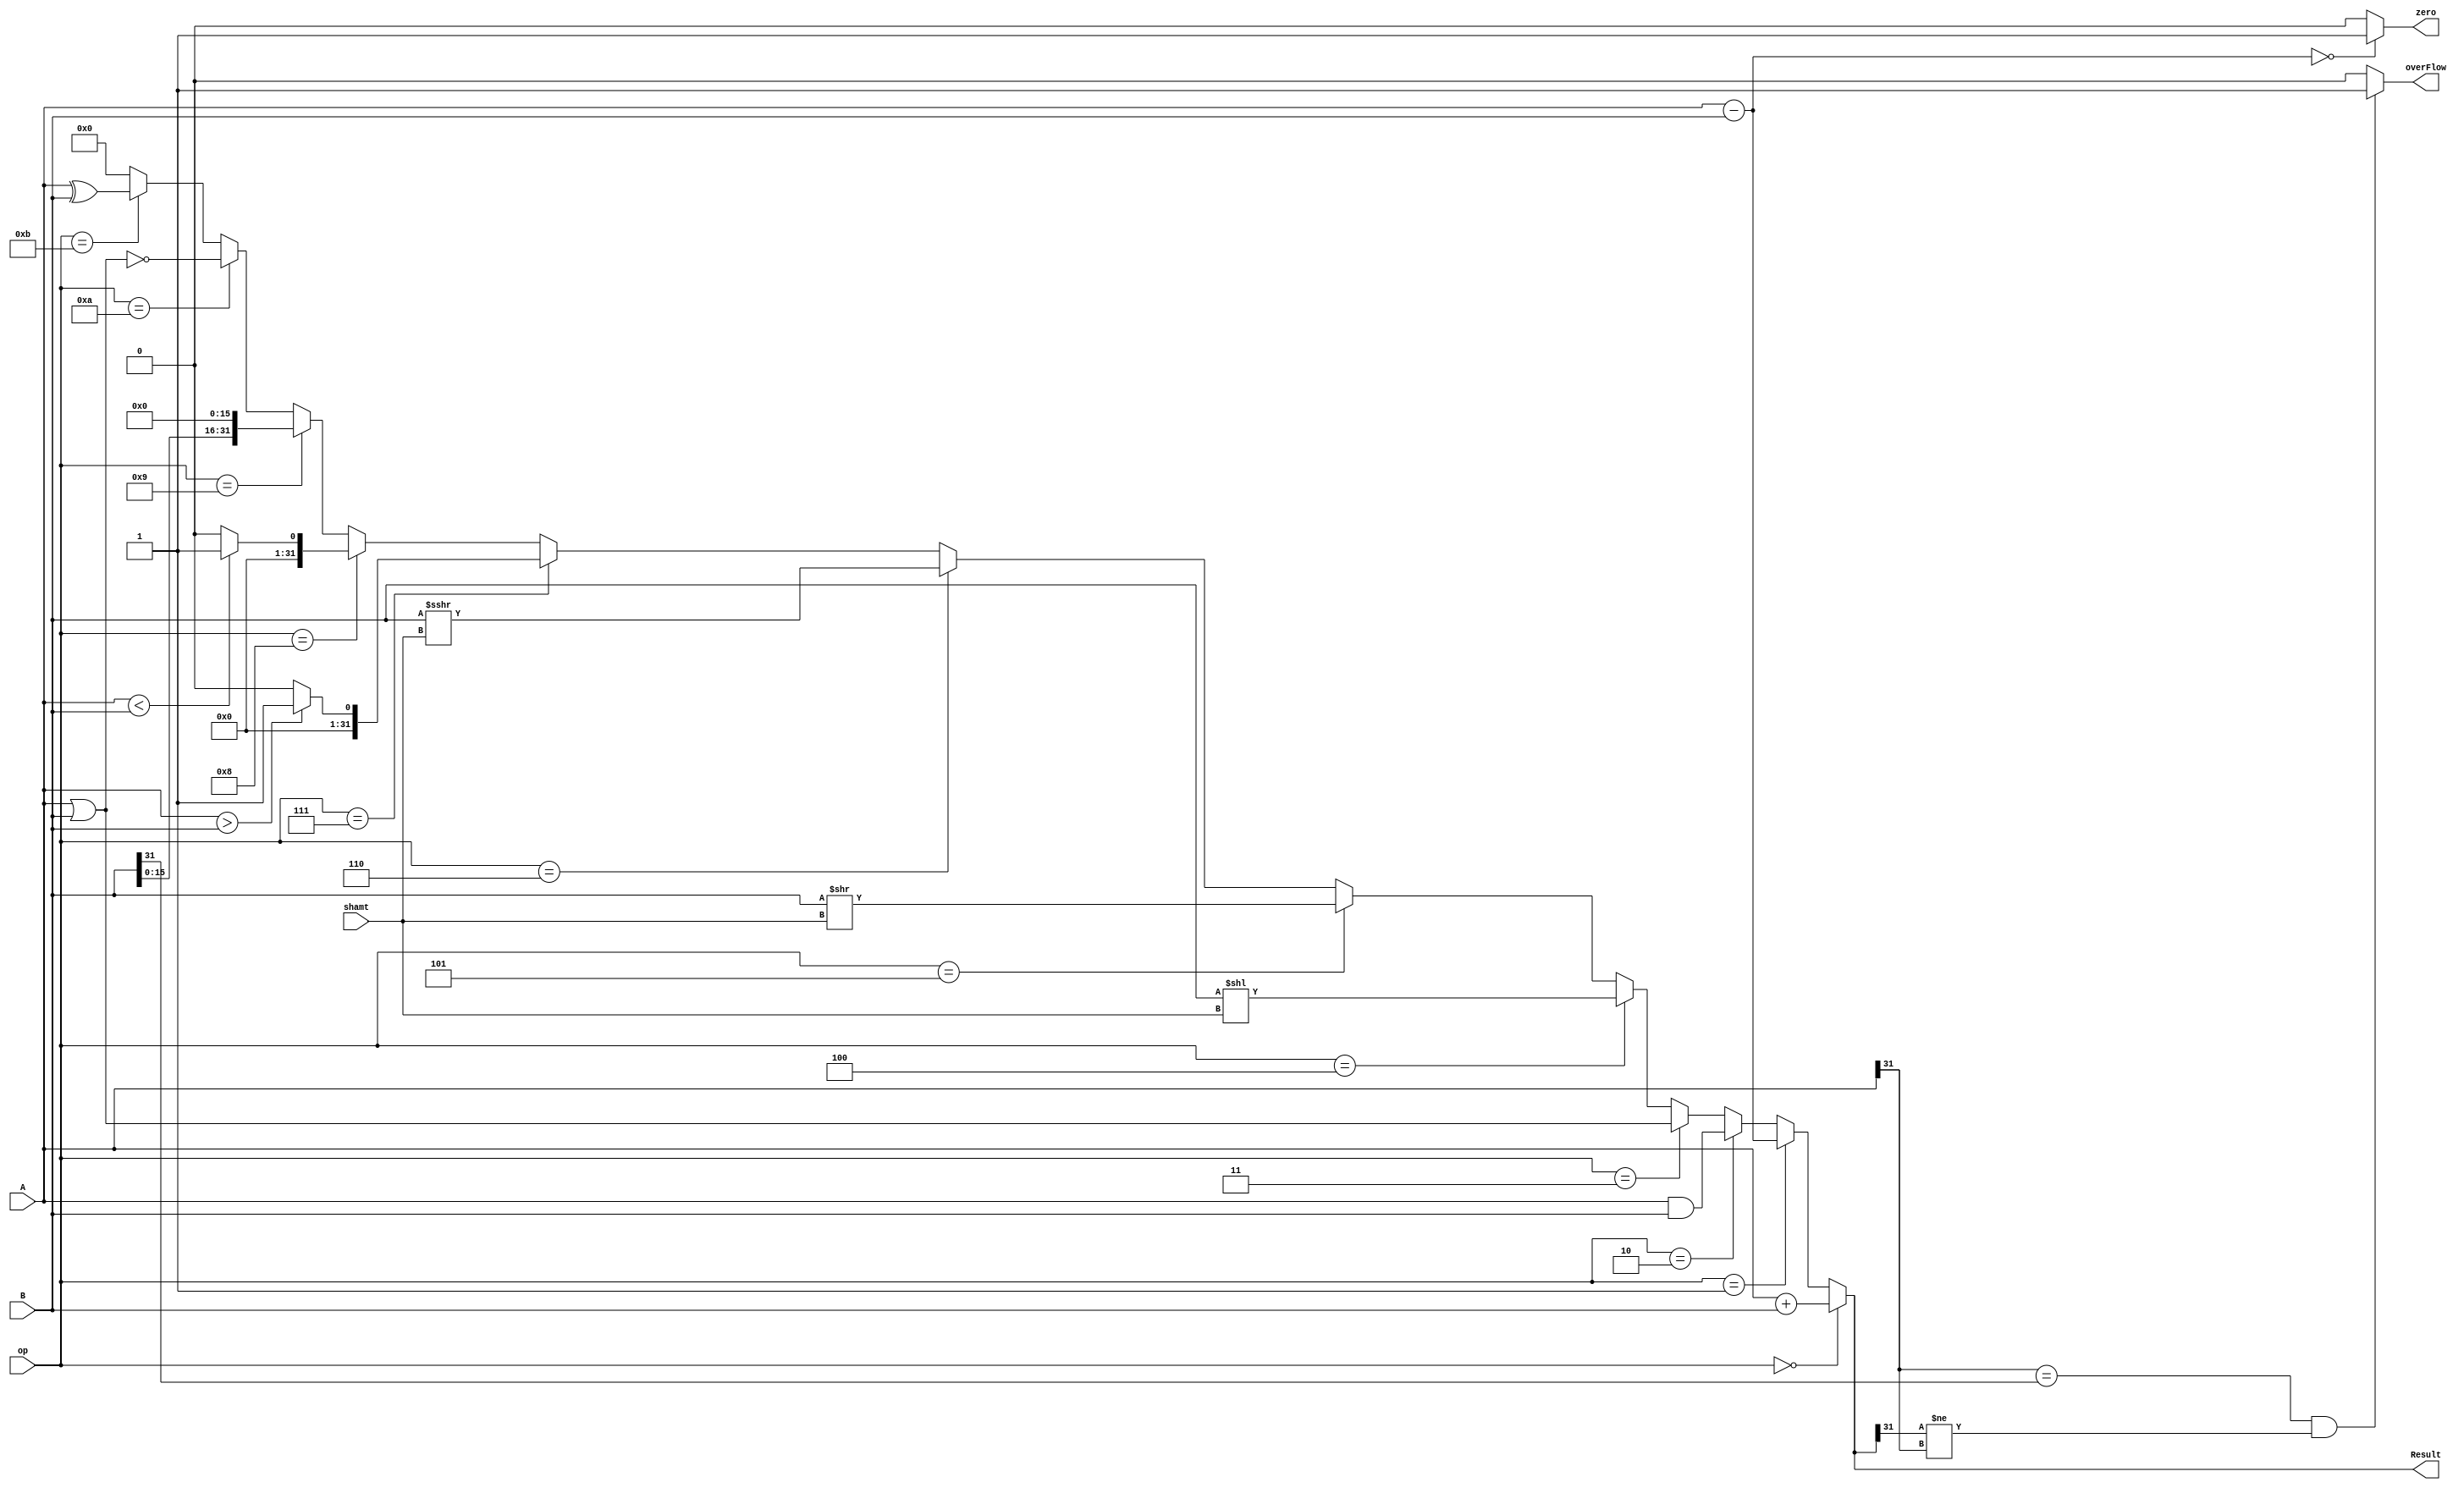
module ALU(Result,overFlow, A,B,op,shamt,zero); //ALU

	output [31:0] Result;		//Output of ALU
	output overFlow;		//overflow detection signal
	output zero;			//zero flag detection signal

	input wire[31:0] A,B;		//The two operands of ALU
	input wire[3:0] op;		//ALUOp that comes from DECODE stage
					//they are 4bits controll operations 
	input wire[4:0] shamt;		//shift amount value that used in Shift instructions

	assign Result =
		(op==0) ? (A+B): 	//ADDITION operation
		(op==1) ? (A-B) :	//SUBTRACTION operation
		(op==2) ? (A&B) : 	//BITWISE AND operation
		(op==3) ? (A|B) : 	//BITWISE OR operation
		(op==4) ? (B << shamt): //SHIFT LEFT LOGICAL
		(op==5) ? (B >> shamt): //SHIFT RIGHT LOGICAL
		(op==6) ? $signed ($signed(B) >>> shamt) : //SHIFT RIGHT ARITHMETIC
		(op==7) ? ($signed(A)>$signed(B) ? (1):32'b0  ) : //CHECK: if A>B => ALUout=1 ,else ALUout=0
		(op==8) ? ($signed(A)<$signed(B) ? (1):32'b0  ) : //CHECK: if A<B => ALUout=1 ,else ALUout=0
		(op==9) ? (B<<16): //LOAD UPPER HALF Word
		(op==10)? ~(A|B):  //NOR
		(op==11)?  (A^B):  //XOR
			32'b0 ; 

	assign overFlow = (A[31] == B[31] && Result[31] != A[31])?1'b1:1'b0; //Detect the overflow signal

	assign zero  = ((A-B)==0)?1'b1:1'b0; //Detect the zeroflag signal

endmodule
module Execution(Operand1,Operand2,ALUOp,shamt,ALUSrc,ImmediateField,ALUresult,zeroflag,overFlow,rd,rt,WriteReg,RegDst);

input wire [31:0]Operand1; //First operand of ALU
input wire [31:0]Operand2; //Second operand of ALU selected by ALUSrc mux
input wire [3:0]ALUOp;	   //ALUOp that comes from DECODE stage
input wire [4:0]shamt;	   //shift amount value that used in Shift instructions
input wire ALUSrc;	   //ControlLines[10] that comes form DECODE stage 
			   //it is a mux selector that selects between rs or rt 
			   //the output of the mux is the input of ALU

input wire [31:0]ImmediateField;// immediate field after extending it to be 32bits instead of 16bits

output wire [31:0]ALUresult; //ALU output
input wire RegDst;	    //ControlLines[0] that comes form DECODE stage 
			    //it is a mux selector that selects between rd or rt (writeReg)
			    //rd is the output in case of R-Format or rt in case of I-Format

output wire zeroflag;//they defined as output signals to be transfered to next pipeline stages
output wire overFlow;//they defined as output signals to be transfered to next pipeline stages
input wire [4:0]rd,rt;
output wire [4:0]WriteReg; //Address of the register that will be write in
wire [31:0]ALUoperand2;	//Second operand of ALU selected by ALUSrc mux

mux5bit RegDst1(rt,rd,RegDst,WriteReg); //Definig an instant of mux its output contain 
					//the address of the reg that we want to write in

MUX1  myMUX(ImmediateField,Operand2,ALUSrc,ALUoperand2); //Definig an instant of mux its output contain 
							//the second operand of ALU

ALU MyALU(ALUresult,overFlow,Operand1,ALUoperand2,ALUOp,shamt,zeroflag);//Define an instant of ALU module


endmodule